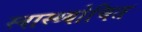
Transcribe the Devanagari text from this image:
स्वास्थ्योचित